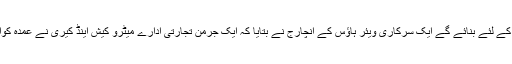
جنوبی پنجاب میں سیلاب زدگان کو فراہم کی جانے والی امدادی اشیا کے لئے بنائے گے ایک سرکاری ویئر ہاؤس کے انچارج نے بتایا کہ ایک جرمن تجارتی ادارے میٹرو کیش اینڈ کیری نے عمدہ کوالٹی کی امدادی اشیا سے بھرے بہت سے کنٹینرز انہیں بجھوائے ہیں۔